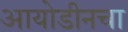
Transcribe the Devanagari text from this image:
आयोडीनचा